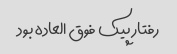
رفتار پیک فوق العاده بود